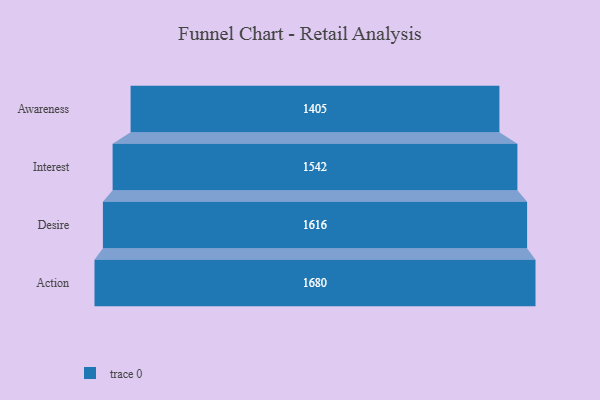
{"axis": {"x": "Stage", "y": "Value"}, "legend": [""], "data": [{"x": "Awareness", "y": 1405.0, "type": ""}, {"x": "Interest", "y": 1542.0, "type": ""}, {"x": "Desire", "y": 1616.0, "type": ""}, {"x": "Action", "y": 1680.0, "type": ""}]}